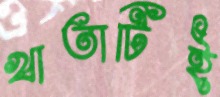
খাতাটিই